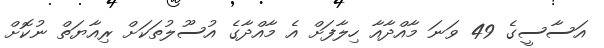
އަސާސީގެ 49 ވަނަ މާއްދާއާ ހިލާފަށް އެ މާއްދާގެ އުސޫލުތަކަށް ރިއާޔަތް ނުކޮށް